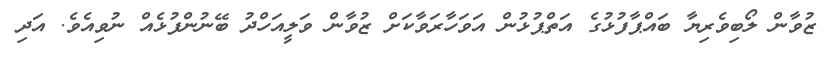
ޒުވާން ލޯބިވެރިޔާ ބައްޕާފުޅުގެ އަތްޕުޅުން އަވަހާރަވާކަށް ޒުވާން ވަލީއަހްދު ބޭނުންފުޅެއް ނުވިއެވެ. އަދި